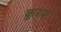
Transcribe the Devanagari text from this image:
क़ुरन